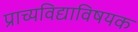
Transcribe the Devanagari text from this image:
प्राच्यविद्याविषयक